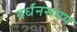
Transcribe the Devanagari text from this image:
वर्धनसमय